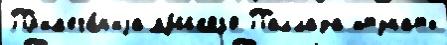
Пр'им'еча́н'иjа ру́сского Паллада итунаты